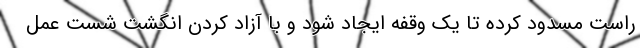
راست مسدود کرده تا یک وقفه ایجاد شود و با آزاد کردن انگشت شست عمل